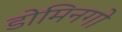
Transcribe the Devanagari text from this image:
डोमिनगो